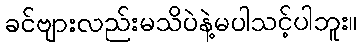
ခင်ဗျားလည်းမသိပဲနဲ့မပါသင့်ပါဘူး။